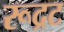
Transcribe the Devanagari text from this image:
रूद्रट